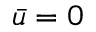
\bar { u } = 0